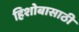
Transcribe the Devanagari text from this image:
हिशोबासाठी